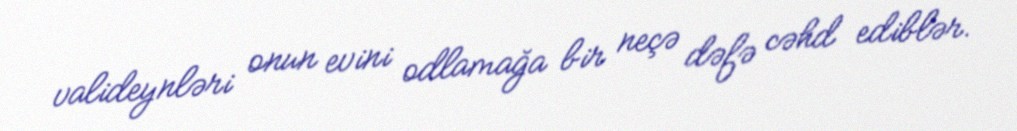
valideynləri onun evini odlamağa bir neçə dəfə cəhd ediblər.